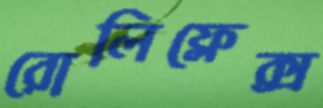
রোলিফ্লেক্স